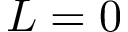
L = 0